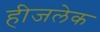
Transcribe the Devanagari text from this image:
हीजलेक